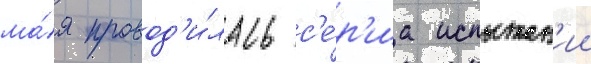
ма́я провод'и́лась с'е́р'иа испытан'ии